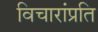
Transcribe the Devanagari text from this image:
विचारांप्रति